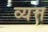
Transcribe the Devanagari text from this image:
व्यत्त